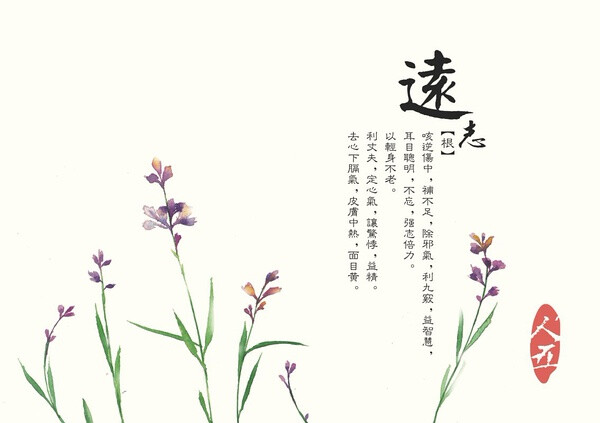
足以充虚继气，强股肱，耳目聪明，则止。